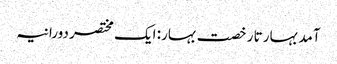
آمد بہار تا رخصت بہار: ایک مختصر دورانیہ